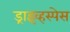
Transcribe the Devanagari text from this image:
ड्राइव्हस्पेस